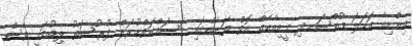
އިންޑިއާ ކަހަލަ މުއްސަނދި މީޑިއާއެއް އޮތް ތަނެއްގައި މަސައްކަތްކުރަން ފުރުސަތު ލިބުމަކީ ވެސް